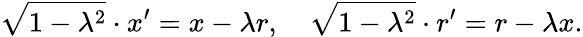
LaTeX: {\sqrt{1-\lambda^{2}}}\cdot x^{\prime}=x-\lambda r,\quad{\sqrt{1-\lambda^{2}}}\cdot r^{\prime}=r-\lambda x.